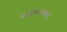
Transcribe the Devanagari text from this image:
कार्डधारकाच्या